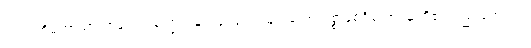
ဂဟပတိမဟာသာလာနံ ဝါ၊ သူကြွယ်မျိုးဖြစ်သော များသော ဥစ္စာနှစ်ရှိသော သူတို့၏လည်းကောင်း။